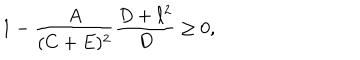
LaTeX: 1 - { \frac { A } { ( C + E ) ^ { 2 } } } { \frac { D + \ell ^ { 2 } } { D } } \geq 0 ,